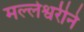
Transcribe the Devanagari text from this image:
मल्लेश्वरीने